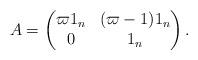
LaTeX: \begin{align*}A=\begin{pmatrix}\varpi 1_n & (\varpi-1)1_n\\0 & 1_n\end{pmatrix}.\end{align*}